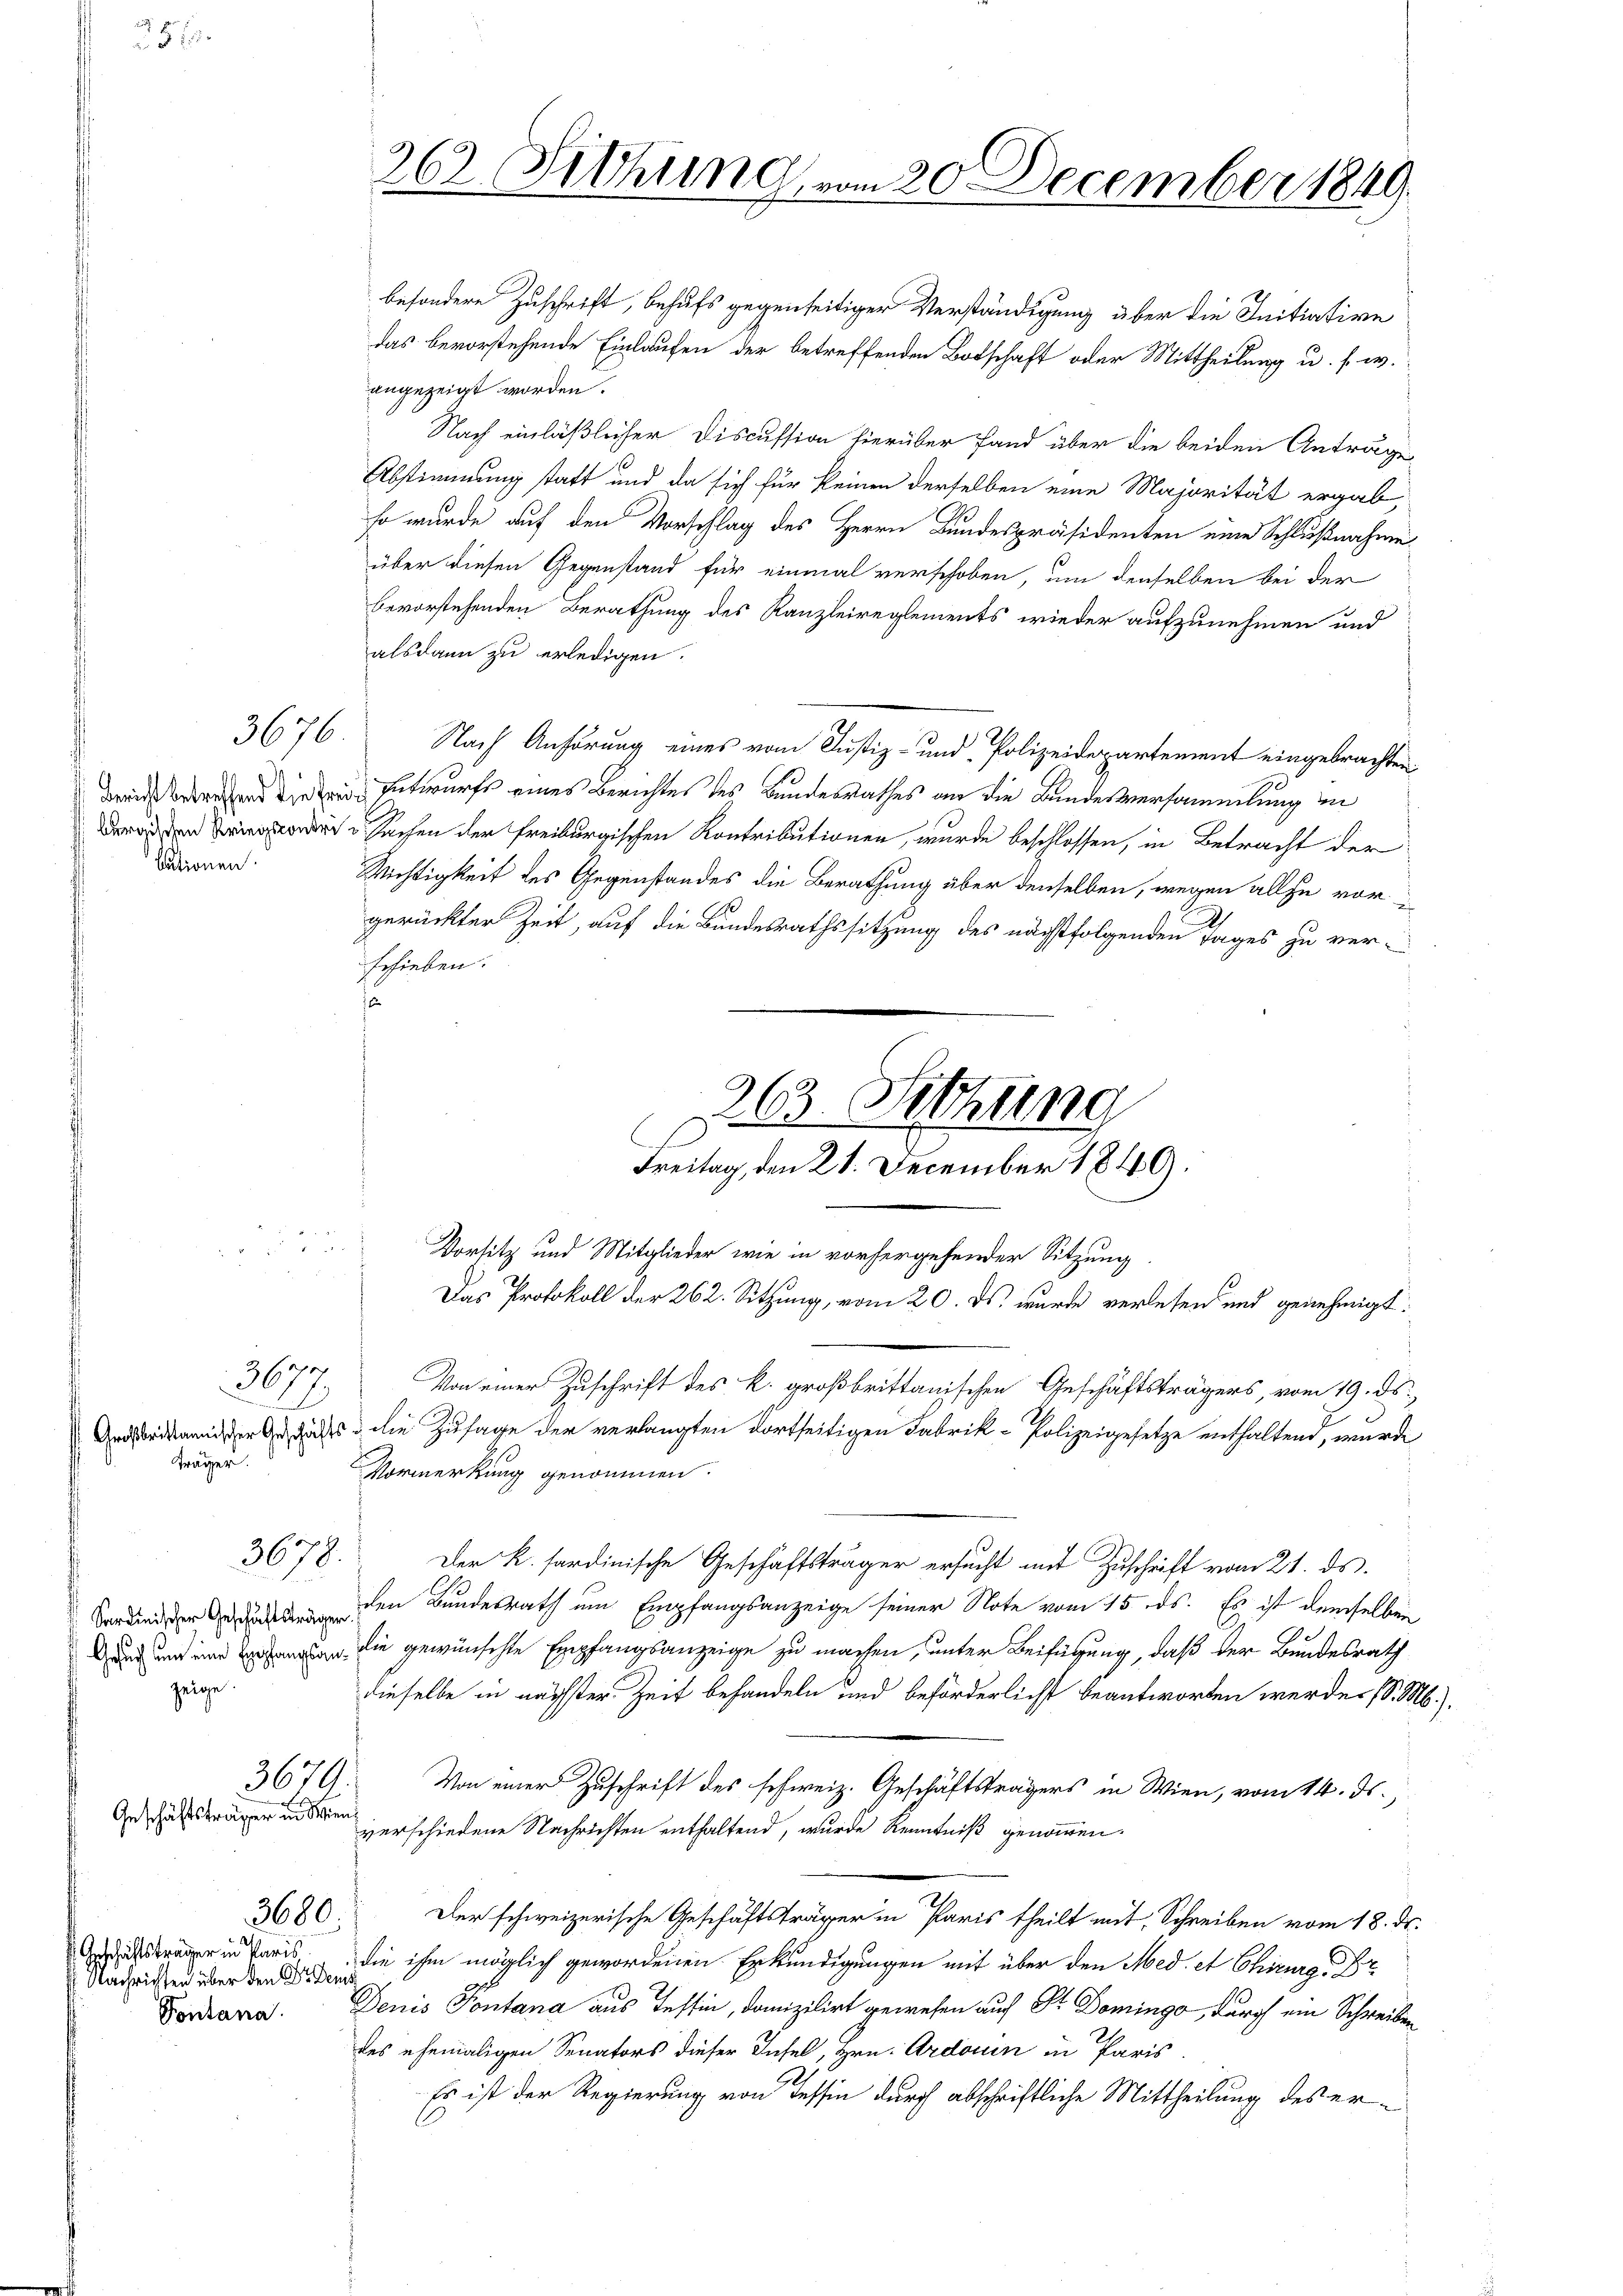
bationen.

f
367

träger.

zeige.

3676.

3678.

mie e
Geschäftsträger in den

3679.

Geschäftsträger in Paris
 Nachrichten über den Dr. Dems

3680.

angezeigt worden.
Nach einläßlicher Discussion hierüber fand über die beiden Anträge
Abstimmung statt und da sich für keinen derselben eine Majorität ergab
so wurde auf den Vorschlag des Herrn Bundespräsidenten eine Schlußnahme
über diesen Gegenstand für einmal verschoben, um denselben bei der
bevorstehenden Berathung des Kanzleireglements wieder aufzunehmen und
alsdann zu erledigen.
Nach Anhörung eines vom Justiz- und Polizeidepartement eingebrachten
 die Entwurfs eines Berichtes des Bundesrathes an die Bundesversammlung in
 Sachen der Freiburgischen Kontributionen, wurde beschlossen, in Betracht der
Wichtigkeit des Gegenstandes die Berathung über denselben, wegen alle vord
gerückter Zeit, auf die Bundesrathssitzung des nächstfolgenden Tages zu ver-
schieben.
a
C
s
Vorsitz und Mitglieder wie in vorhergehender Sitzung.
Das Protokoll der 262. Sitzung, vom 20. ds. wurde verlesen und genehmigt.
Von einer Zuschrift des k. großbrittanischen Geschäftsträgers, vom 19. ds.,
Andriander der dass die Zusage der verlangten dortseitigen Fabrik- Polizeigesetze enthaltend, wurde
Vormerkung genommen.
Der K. sardinische Geschäftsträger ersucht mit Zuschrift vom 21. ds.
ernden Bundesrath um Empfangsanzeige seiner Note vom 15. ds. Es ist demselben
 die gewünschte Empfangsanzeige zu machen, unter Beifügung, daß der Bundesrath
dieselbe in nächster Zeit behandeln und beförderlichst beantworten werde. (S. M.
Von einer Zuschrift des schweiz. Geschäftsträgers in Wien, vom 14. ds.,
verschiedene Nachrichten enthaltend, wurde Kenntniß genommen.
Der schweizerische Geschäftsträger in Paris theilt mit Schreiben vom 18. ds.
die ihm möglich gewordenen Erkundigungen mit über den Med. et Chirurgr
Derkann. Denis Pontana aus Tessin, domizilirt gewesen auf Dr. Domingo, durch ein Schreiben
des ehemaligen Senators dieser Insel, Hrn. Ardouin in Paris
b.
Es ist der Regierung von Tessin durch abschriftliche Mittheilung des er¬

262. Siehung, vom 20. December 1849

besondere Zuschrift, behufs gegenseitiger Verständigung über die Initiative
das bevorstehende Einlaufen der betreffenden Botschaft oder Mittheilung u. s. w.

263. Sitzung
Freitag, den 21. December 1849.